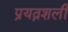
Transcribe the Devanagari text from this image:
प्रयत्नशली